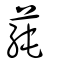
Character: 蒓